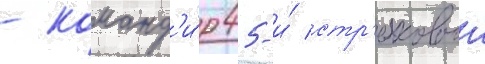
- команд'и́р 45-и́ стр'елковои